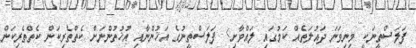
ފަލަސްތީނަކީ މިނިވަނަ ދައުލަތެއް ކަމުގައި ލައްވާށި> ފަލަސްތީނުގެ އަޚުންނާއި އުޚުތުންނަށް ކެތްތެރިކަން ކެތްތެރިކަން